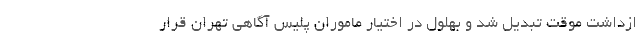
ازداشت موقت تبدیل شد و بهلول در اختیار ماموران پلیس آگاهی تهران قرار